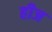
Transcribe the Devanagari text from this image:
हीज